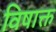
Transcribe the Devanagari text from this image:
विषाक्त